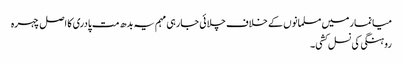
میانمار میں مسلمانوں کے خلاف چلائی جارہی مہم یہ بدھ مت پادری کا اصل چہرہ
روہنگی کی نسل کشی۔